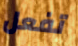
تفعل